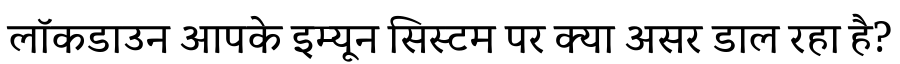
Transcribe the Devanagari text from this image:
लॉकडाउन आपके इम्यून सिस्टम पर क्या असर डाल रहा है?